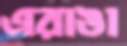
এরাঙা